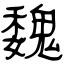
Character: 魏